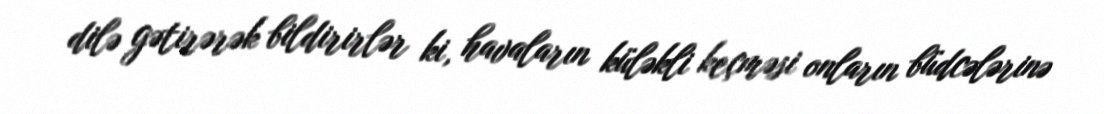
dilə gətirərək bildirirlər ki, havaların küləkli keçməsi onların büdcələrinə